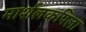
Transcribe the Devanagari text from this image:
मार्शलकपिला